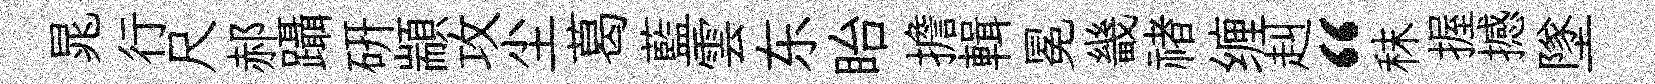
晁行尺郝躡研顓攻尘葛藍雲东眙擔輯冕畿禇缠赳“秣握撼墜